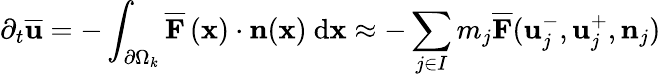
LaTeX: \partial_{t}\overline{{\mathbf{u}}}=-\int_{\partial\Omega_{k}}\overline{{\mathbf{F}}}\left(\mathbf{x}\right)\cdot\mathbf{n}(\mathbf{x})\ \mathrm{d}\mathbf{x}\approx-\sum_{j\in I}m_{j}\overline{{\mathbf{F}}}(\mathbf{u}_{j}^{-},\mathbf{u}_{j}^{+},\mathbf{n}_{j})